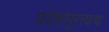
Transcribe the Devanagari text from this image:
प्रदेशांपुरत्याचा